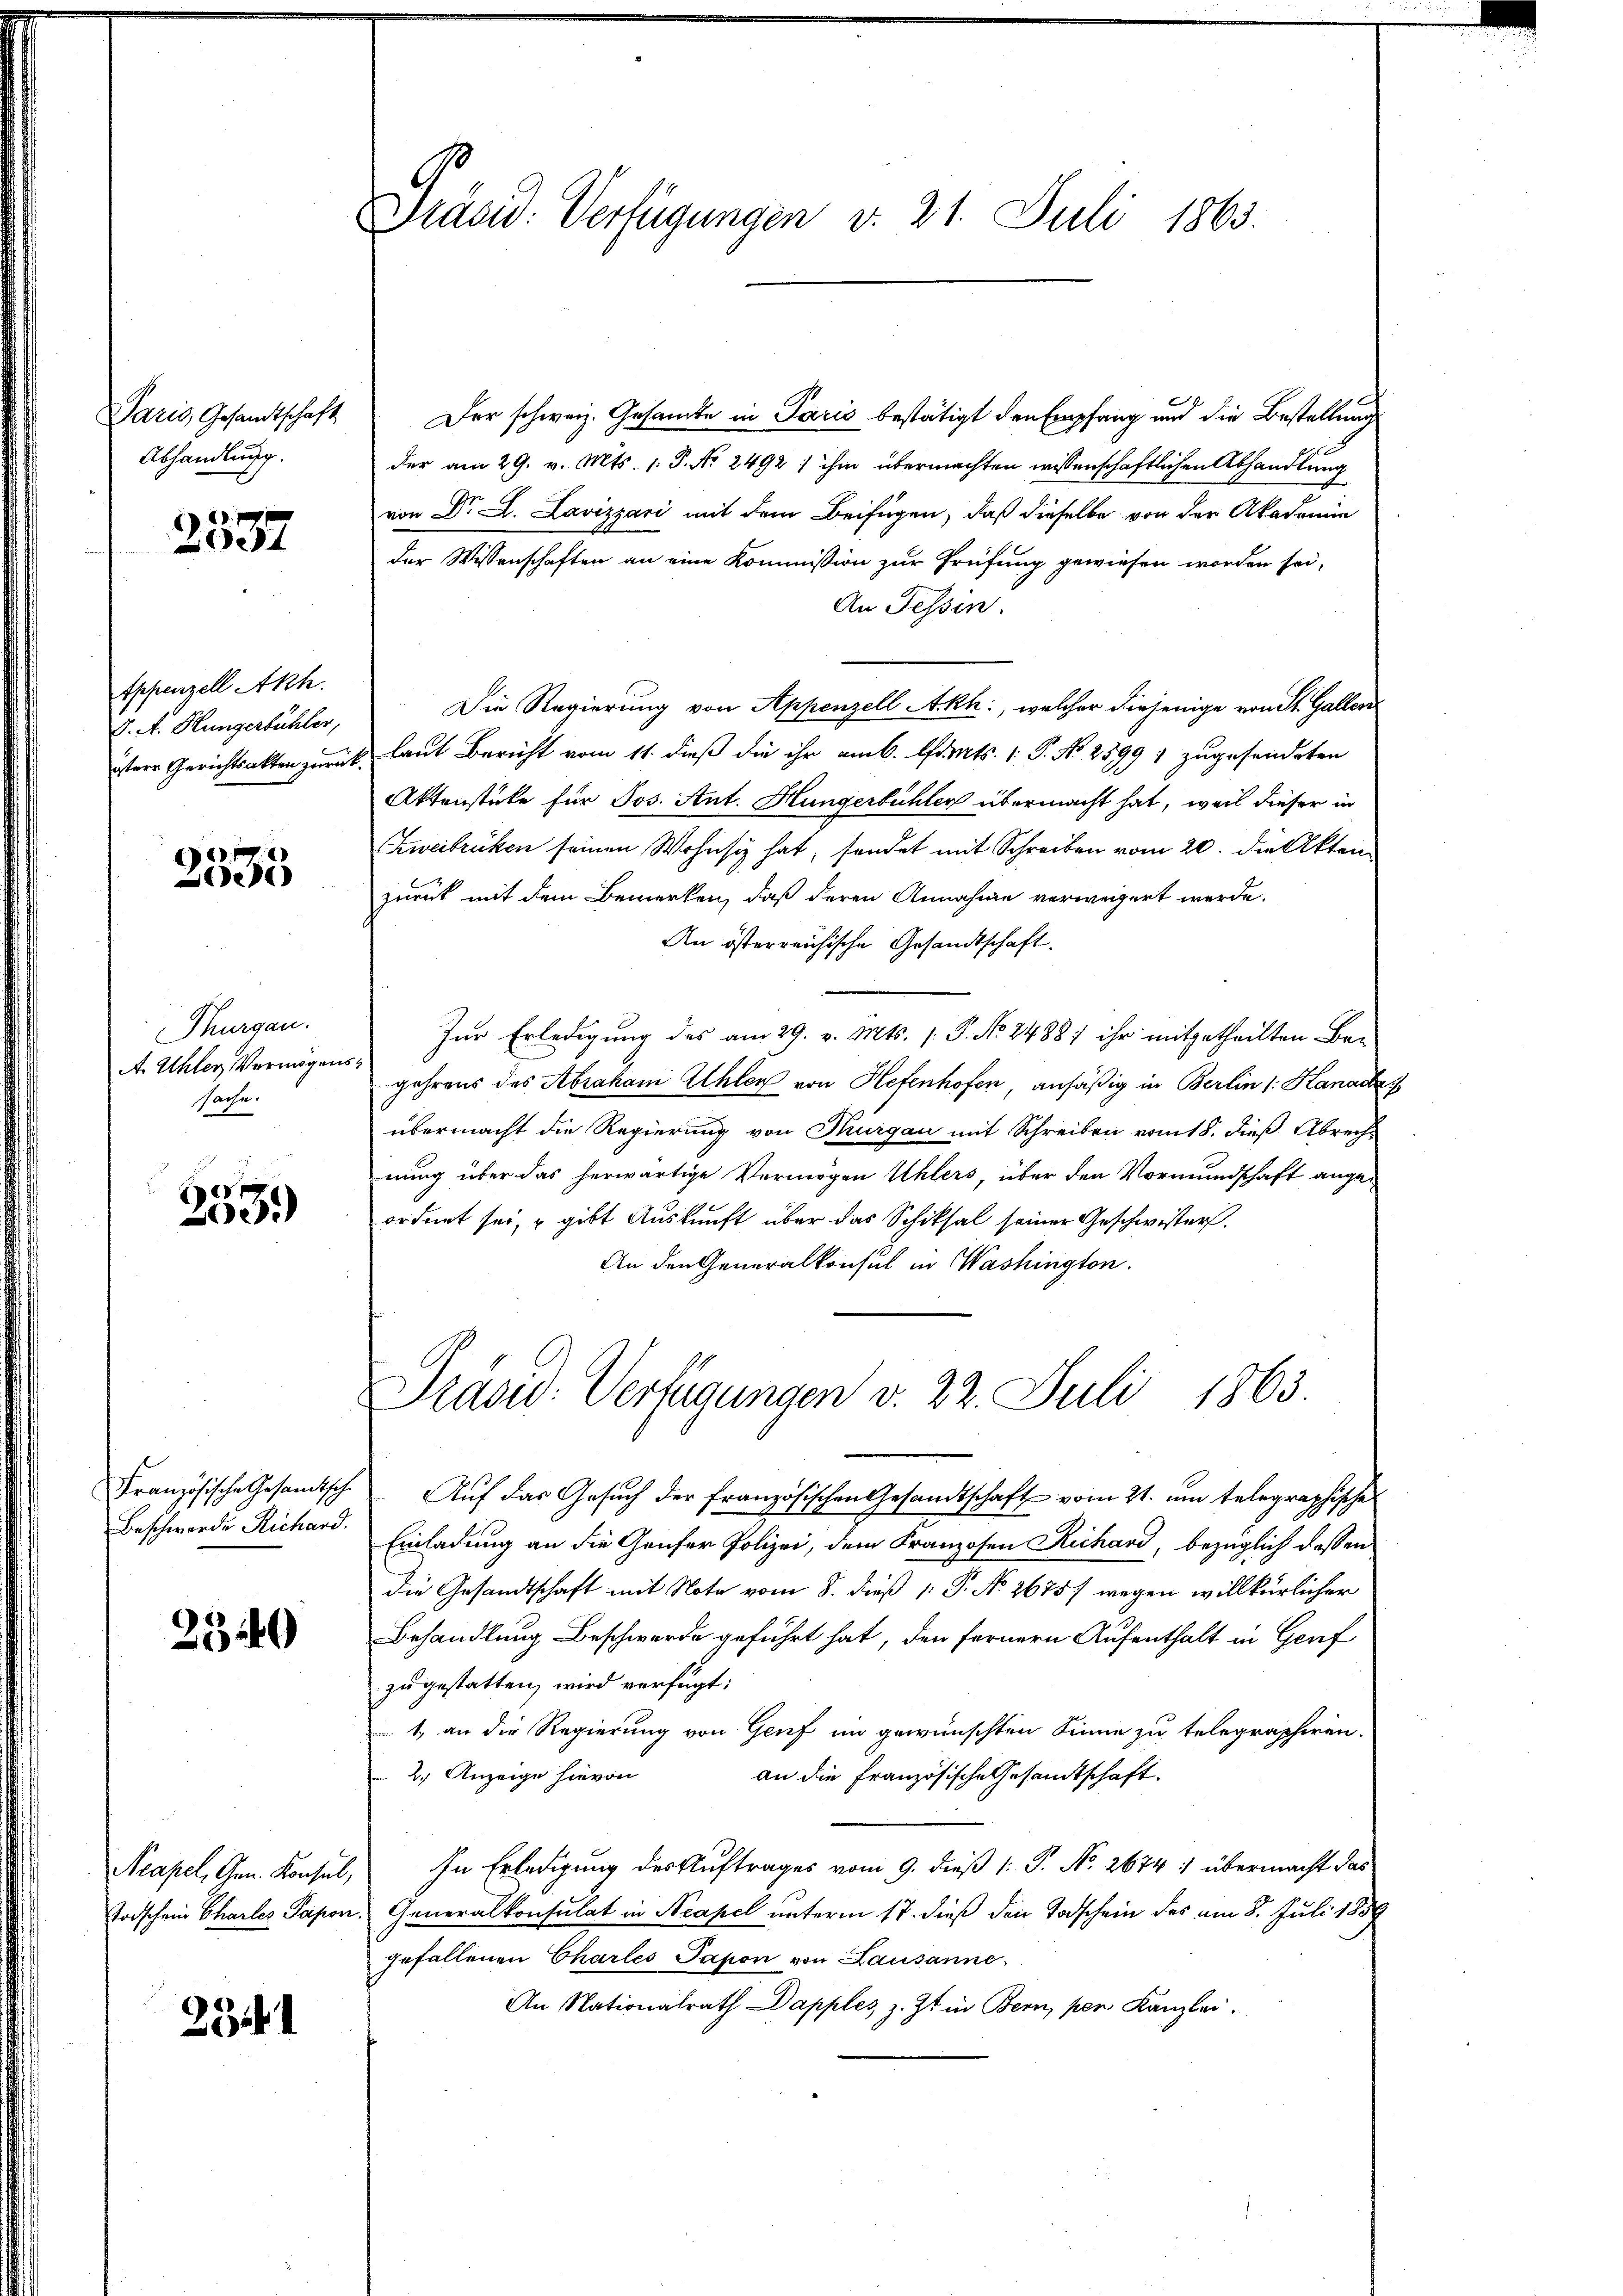
Paris, Gesandtschaft
Abhandlung.

2337

Appenzell Akh.
V. A. Hungerbühler,
itere Gerichtsakten zurück

2535

Thurgau.
A Uhler, Vermögens
sache.

e
0

Französische Gesandtische
Beschwerde Richard.

2540

Neapel, Gen. Konsul,
trischen Charlez Papor.

2341

Präsid. Verfügungen v. 21. Juli 1863.

G

Der schweiz. Gesamte in Paris bestätigt den Empfang und die Bestellung
der am 29. v. Mts. (: P. Nr. 2492 : ihm übermachten wissenschaftlichen Abhandlung
von Dr. A. Lavizzari mit dem Beifügen, daß dieselbe von der Akademie
der Wissenschaften an eine Kommission zur Prüfung gewiesen worden sei,
An Tessin.
Die Regierung von Appenzell Akh., welcher diejenige von St. Gallen
laut Bericht vom 11. dieß die ihr am 6. Amts P. Nr. 2599; zugesendeten
Aktenstüke für Jos. Ant. Hungerbühler übermacht hat, weil dieser in
Zweibrücken seinen Wohnsiz hat, sendet mit Schreiben vom 20. die Akten
zurück mit dem Bemerken, daß deren Annahme verweigert werde.
An österreichische Gesandtschaft.
Zur Erledigung des am 29. v. Mts. 1. P. No. 2488) ihr mitgetheilten Begehrens des Abraham Ahler von Hefenhofen ansäßig in Berlin 1. Kanada
übermacht die Regierung von Thurgau mit Schreiben vom 18. dieß. Abrech-
nung über das herwärtige Vermögen Uhlers, über den Vormundschaft angeordnet sei, u gibt Auskunft über das Schiksal seiner Geschwister.
An den Generalkonsul in Washington.
Trasad: Verfügungen v. 22. Juli 1863.
Auf das Gesuch der französischen Gesandtschaft vom 21. um telegraphische
Einladung an die Genfer Polizei, dem Franzosen Richard, bezüglich dassen
die Gesandtschaft mit Note vom 8. dieß [ P. No 2675) wegen willkürlicher
Behandlung Beschwerde geführt hat, den fernern Aufenthalt in Genf
zu gestatten, wird verfügt:
1, an die Regierung von Genf im gewünschten Sinne zu telegraphiren.
2.) Anzeige hievon
an die Französische Gesamtschaft.
In Erledigung des Auftrages vom 9. dieß (: P. No. 2674 übermacht das
Generalkonsulat in Neapel unterm 17. dieß den Todschein des am 8. Juli 1859
gefallenen Chartes Sapon von Lausanne
An Nationalrath Dapples z. Zt. in Bern, per Kanzlei.